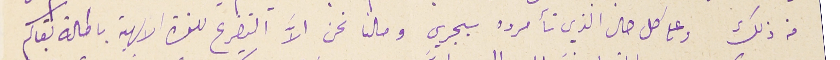
من ذلك وعلى كل حال الذي تأمروه سيجري وحالنا نحن الاَّ التضرع للقدرة الالهية باطالة بقاكم